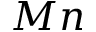
M n